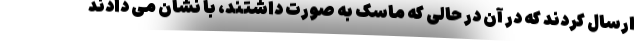
ارسال کردند که در آن در حالی که ماسک به صورت داشتند، با نشان می دادند